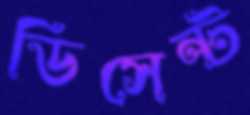
ডিসেন্ট